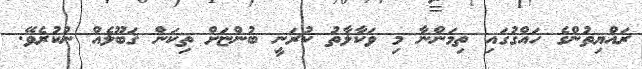
ރައްޔިތުންގެ ހައްގުގައި ތިމަންނާ މި ވަކާލާތު ކުރަނީ ބުންޏަށް ތިކަން ޤަބޫލެއް ނުކުރެވޭ.